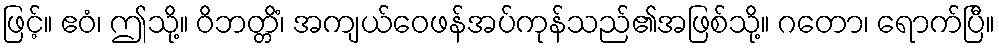
ဖြင့်။ ဧဝံ၊ ဤသို့။ ဝိဘတ္တိံ၊ အကျယ်ဝေဖန်အပ်ကုန်သည်၏အဖြစ်သို့။ ဂတော၊ ရောက်ပြီ။